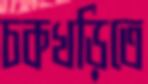
চকখড়িতে